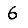
Digit: 6